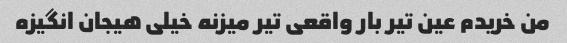
من خریدم عین تیر بار واقعی تیر میزنه خیلی هیجان انگیزه